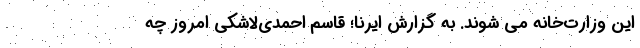
این وزارت‌خانه می شوند. به گزارش ایرنا؛ قاسم احمدی‌لاشکی امروز چه